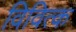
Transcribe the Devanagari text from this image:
विवित्क